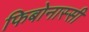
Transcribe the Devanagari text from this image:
फिबोनास्सी